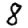
Digit: 8